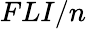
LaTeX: FLI/n